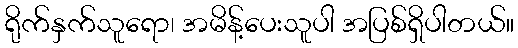
ရိုက်နှက်သူရော၊ အမိန့်ပေးသူပါ အပြစ်ရှိပါတယ်။